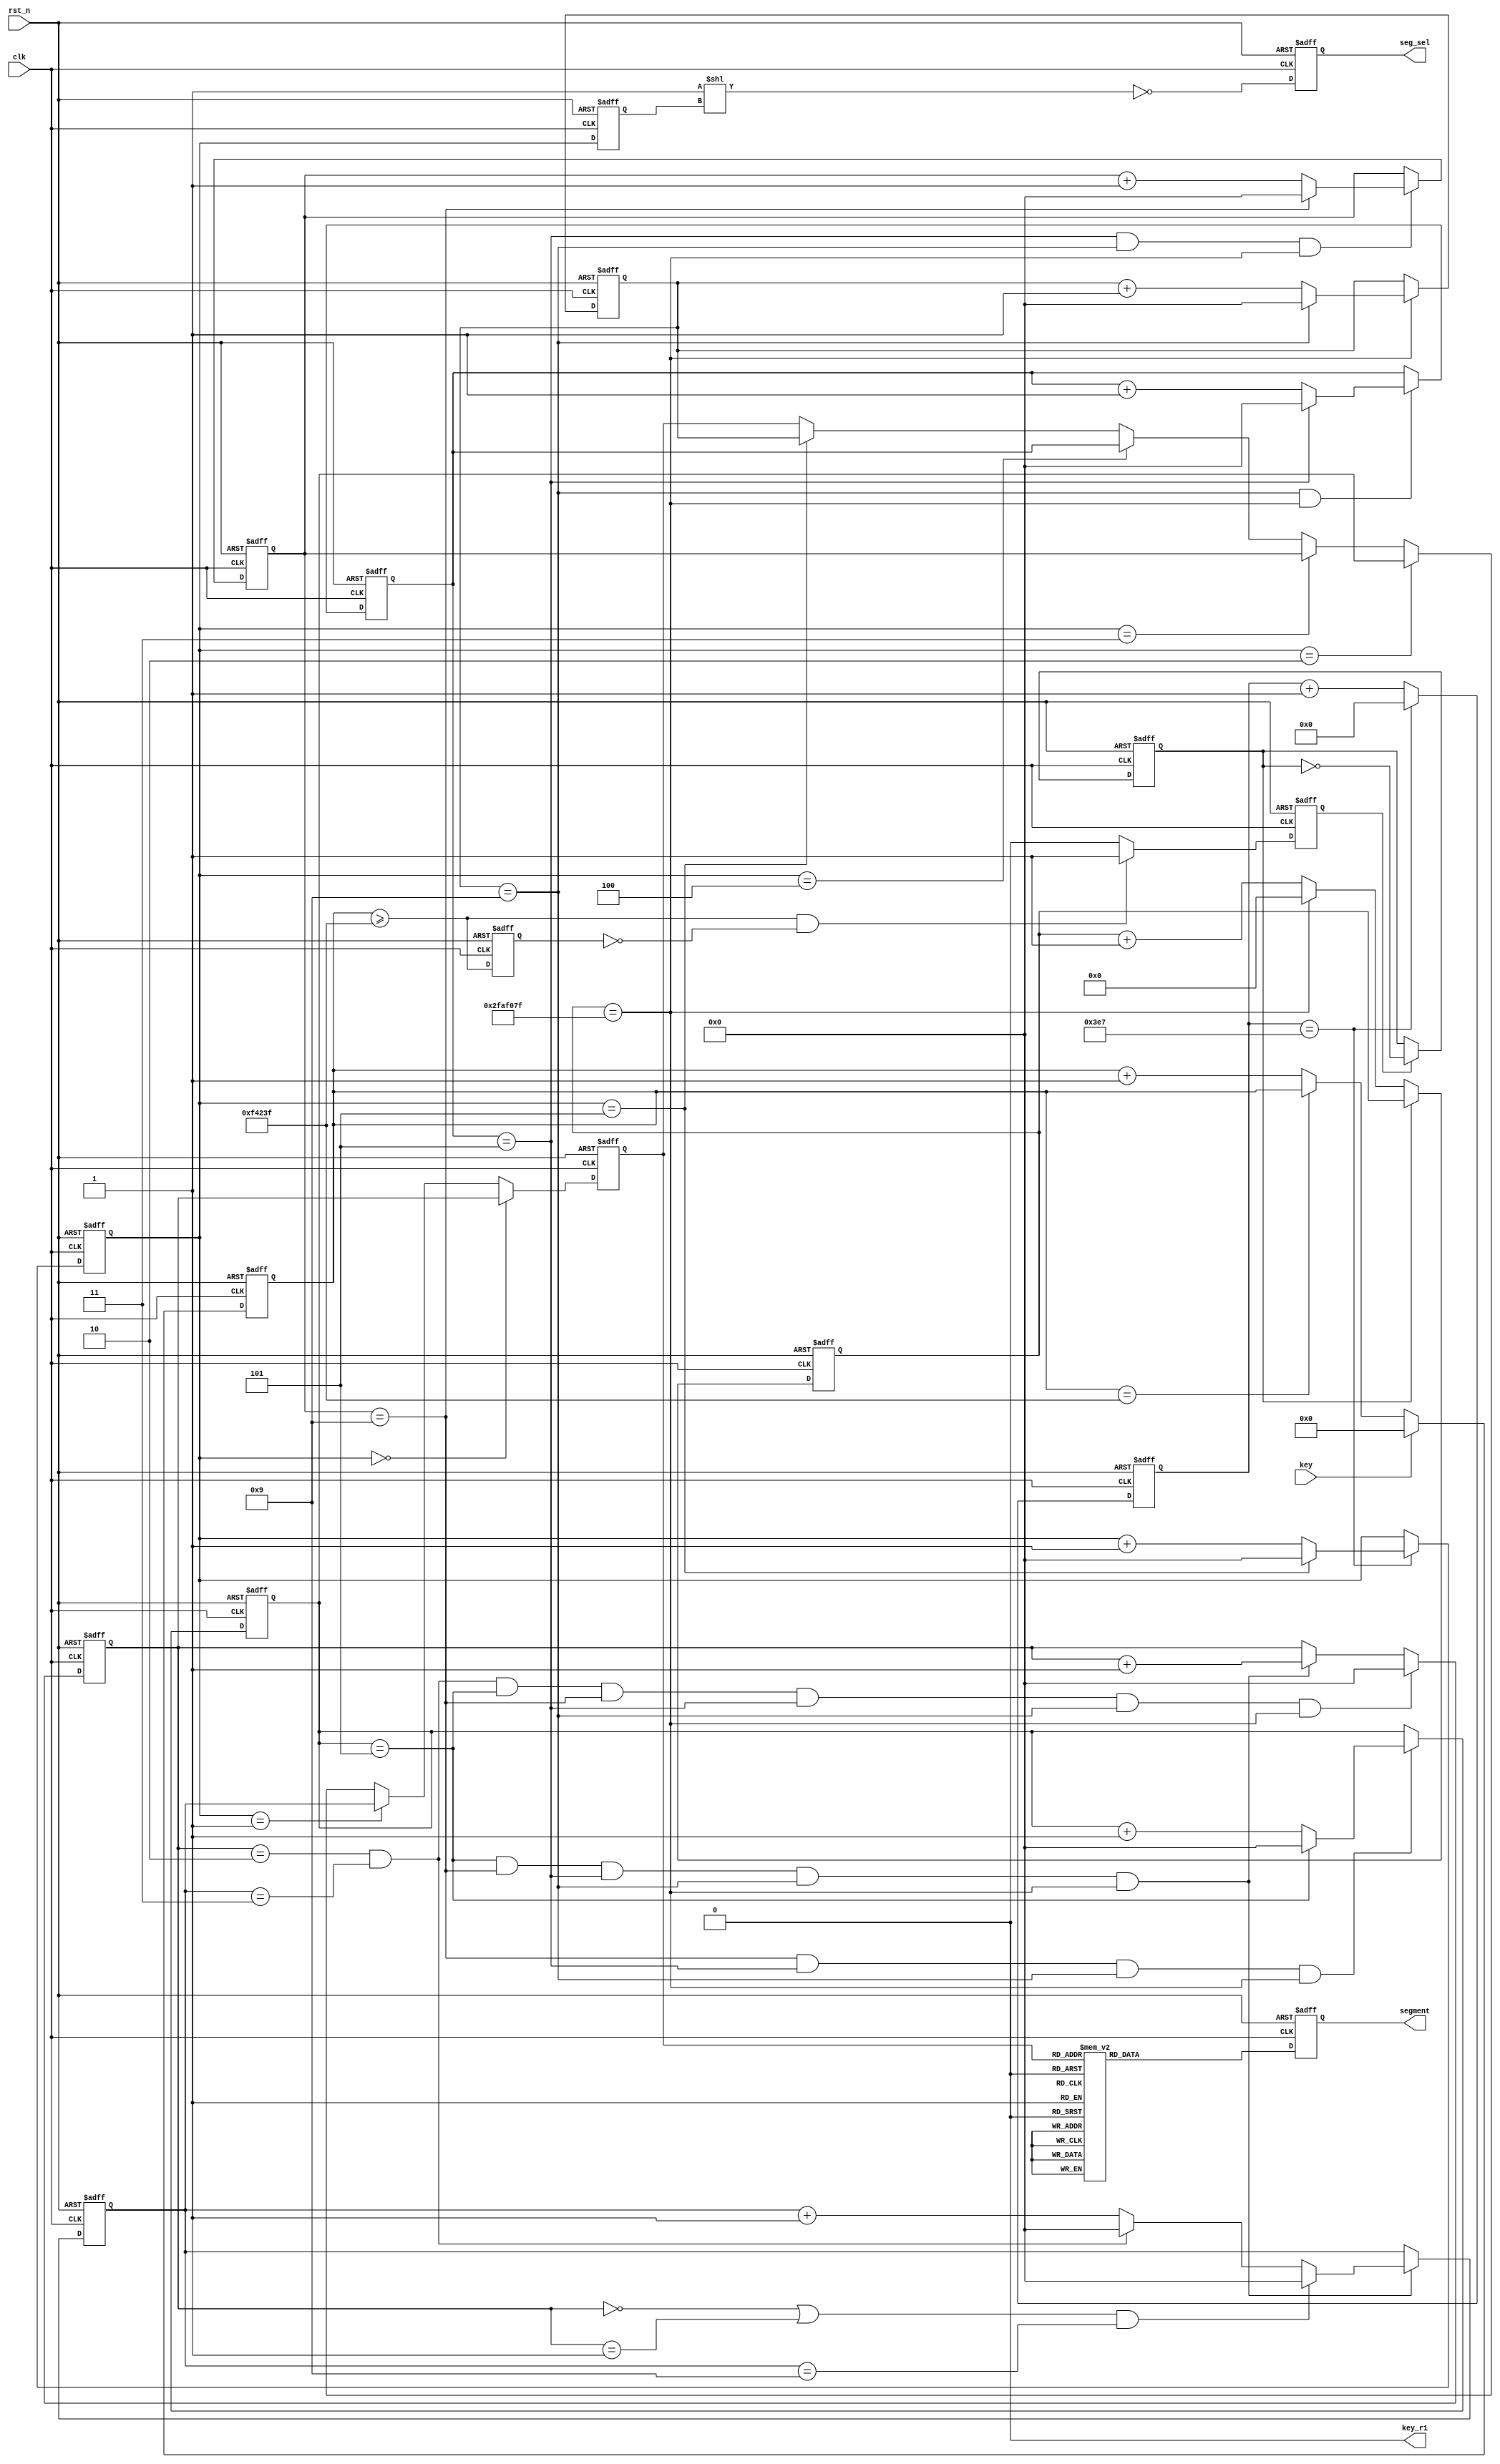
module ctrltimer(
    clk    ,
    rst_n  ,
    key    ,
    key_r1 ,
    segment,
    seg_sel    
    );

    parameter      TIME_1S   =  50000000 ;
    parameter      TIME_20US =  1000     ;
    parameter      TIME_20MS =  1000000  ;
    
    //segment 0---9
    parameter      DATA0   = 8'B01000000;
    parameter      DATA1   = 8'B01111001;
    parameter      DATA2   = 8'B00100100;
    parameter      DATA3   = 8'B00110000;
    parameter      DATA4   = 8'B00011001;
    parameter      DATA5   = 8'B00010010;
    parameter      DATA6   = 8'B00000010;
    parameter      DATA7   = 8'B01111000;
    parameter      DATA8   = 8'B00000000;
    parameter      DATA9   = 8'B00010000;

    input               clk    ;
    input               rst_n  ;
    input               key    ;
    output              key_r1 ;
    output[7:0]         segment ;
    output[7:0]         seg_sel ;


    wire                key_r1  ;    
    reg   [7:0]         segment ;
    reg   [7:0]         seg_sel ;
	 
	 
	 reg   [3:0]		   cnt_miao_ge ;
	 reg   [3:0]			cnt_miao_shi;
	 reg   [3:0]			cnt_fen_ge  ;
	 reg   [3:0]			cnt_fen_shi ;
	 reg   [3:0]			cnt_shi_ge  ;
	 reg   [3:0]			cnt_shi_shi ;
	 
	 reg   [9:0]			count_20us  ;
	 reg   [19:0]			count_20ms	;
	 reg   [25:0]			count_1s 	;
	 
	 reg   [3:0]			sel			;
	 reg   [3:0]			sel_ff0		;
	 reg   [3:0]			sel_result	;
	 
	 reg 						pause			 ;
	 wire						flag_20ms	 ;
	 reg						flag_20ms_ff0;
	 reg						key_en		 ;
	 

    /*********************************timer**********************/
    //miao/////////////////////
    always@(posedge clk or negedge rst_n)begin
        if(rst_n==1'b0)begin
            cnt_miao_ge <= 0;
        end
        else if(count_1s == TIME_1S - 1) begin
            if(cnt_miao_ge == 9)
                cnt_miao_ge <= 0;
            else
                cnt_miao_ge <= cnt_miao_ge + 1;
        end
    end
    always@(posedge clk or negedge rst_n)begin
        if(rst_n==1'b0)begin
            cnt_miao_shi <= 0;
        end
        else if(cnt_miao_ge == 9 && count_1s == TIME_1S - 1) begin
            if(cnt_miao_shi == 5)
                cnt_miao_shi <= 0;
            else
                cnt_miao_shi <= cnt_miao_shi + 1;
        end
    end
    //fen/////////////////////
    always@(posedge clk or negedge rst_n)begin
        if(rst_n==1'b0)begin
            cnt_fen_ge <= 0;
        end
        else if(cnt_miao_shi == 5 && cnt_miao_ge == 9 && count_1s == TIME_1S - 1) begin
            if(cnt_fen_ge == 9)
                cnt_fen_ge <= 0;
            else
                cnt_fen_ge <= cnt_fen_ge + 1;
        end
    end
    always@(posedge clk or negedge rst_n)begin
        if(rst_n==1'b0)begin
            cnt_fen_shi <= 0;
        end
        else if(cnt_fen_ge == 9 && cnt_miao_shi == 5 && cnt_miao_ge == 9 && count_1s == TIME_1S - 1) begin
            if(cnt_fen_shi == 5)
                cnt_fen_shi <= 0;
            else
                cnt_fen_shi <= cnt_fen_shi + 1;
        end
    end
    //shi///////////////////////
    always@(posedge clk or negedge rst_n)begin
        if(rst_n==1'b0)begin
            cnt_shi_ge <= 0;
        end
        else if(cnt_fen_shi == 5 &&cnt_fen_ge == 9 && cnt_miao_shi == 5 && cnt_miao_ge == 9 && count_1s == TIME_1S - 1) begin
            if((cnt_shi_shi == 0||cnt_shi_shi == 1) && cnt_shi_ge == 9)
                cnt_shi_ge <= 0;
            else
                if(cnt_shi_shi == 2 && cnt_shi_ge == 3)
                    cnt_shi_ge <= 0;
                else
                    cnt_shi_ge <= cnt_shi_ge + 1;
        end
    end
    always@(posedge clk or negedge rst_n)begin
        if(rst_n==1'b0)begin
            cnt_shi_shi <= 0;
        end
        else if(cnt_shi_shi == 2 && cnt_shi_ge == 3 && cnt_fen_shi == 5 &&cnt_fen_ge == 9 && cnt_miao_shi == 5 && cnt_miao_ge == 9 && count_1s == TIME_1S - 1) begin
            cnt_shi_shi <= 0;
        end
        else if( cnt_fen_shi == 5 &&cnt_fen_ge == 9 && cnt_miao_shi == 5 && cnt_miao_ge == 9 && count_1s == TIME_1S - 1) begin
            cnt_shi_shi <= cnt_shi_shi + 1;
        end
    end

    /************************refresh************************************/
	 //frequence 20us
    always  @(posedge clk or negedge rst_n)begin
        if(rst_n==1'b0)begin
            count_20us <= 0;
        end
        else begin
            if(count_20us == TIME_20US-1)
                count_20us <= 0;
            else
                count_20us <= count_20us + 1;
        end
    end
	 //refresh cnt
    always @(posedge clk or negedge rst_n)begin
        if(!rst_n)begin
            sel <= 0;
        end
        else if(count_20us == TIME_20US-1)begin
            if(sel == 5)
                sel <= 0;
            else
                sel <= sel + 1;
        end
    end
	 //jilu shuzhi
    always  @(posedge clk or negedge rst_n)begin
        if(rst_n==1'b0)begin
            sel_result <= 0;
        end
        else if(sel == 0) begin
            sel_result <= cnt_shi_shi;
        end
        else if(sel == 1) begin
            sel_result <= cnt_shi_ge;
        end
        else if(sel == 2) begin
            sel_result <= cnt_fen_shi;
        end
        else if(sel == 3) begin
            sel_result <= cnt_fen_ge;
        end
        else if(sel == 4) begin
            sel_result <= cnt_miao_shi;
        end
        else if(sel == 5) begin
            sel_result <= cnt_miao_ge;
        end        
    end
	 //choose segment    shixuduiqi
    always  @(posedge clk or negedge rst_n)begin
        if(rst_n==1'b0)begin
            sel_ff0 <= 0;
        end
        else begin
            sel_ff0 <= sel;
        end
    end
    always  @(posedge clk or negedge rst_n)begin
        if(rst_n==1'b0)begin
            seg_sel <= 8'hfe;
        end
        else begin
            seg_sel <= ~(8'b1 << sel_ff0);
        end
    end
	 //decode
    always  @(posedge clk or negedge rst_n)begin
        if(rst_n==1'b0)begin
            segment <= DATA0;
        end
        else begin
            case(sel_result)
                0: segment <= DATA0;
                1: segment <= DATA1;
                2: segment <= DATA2;
                3: segment <= DATA3;
                4: segment <= DATA4;
                5: segment <= DATA5;
                6: segment <= DATA6;
                7: segment <= DATA7;
                8: segment <= DATA8;
                9: segment <= DATA9;
                default:segment <= 8'hff;
				endcase
        end
    end

    /**************control***********************/
	 //control cnt//////////////
    always  @(posedge clk or negedge rst_n)begin
        if(rst_n==1'b0)begin
            count_1s <= 0;
        end
        else if(pause==0) begin
            if(count_1s == TIME_1S - 1)
                count_1s <= 0;
            else
                count_1s <= count_1s + 1;
        end
    end    
    always  @(posedge clk or negedge rst_n)begin
        if(rst_n==1'b0)begin
            pause <= 0;
        end
        else if(key_en) begin
            pause <= ~pause; 
        end
    end
    //clear tick/////////////////
    always  @(posedge clk or negedge rst_n)begin
        if(rst_n==1'b0)begin
            count_20ms <= 0;
        end
        else if(key == 1) begin
            count_20ms <= 0;
        end
        else begin
            if(count_20ms == TIME_20MS - 1)
                count_20ms <= count_20ms;
            else
                count_20ms <= count_20ms + 1;
        end
    end        
    assign flag_20ms = (count_20ms >= TIME_20MS - 1);
    always  @(posedge clk or negedge rst_n)begin
        if(rst_n==1'b0)begin
            flag_20ms_ff0 <= 1'b0;
        end
        else begin
            flag_20ms_ff0 <= flag_20ms;
        end
    end
    always  @(posedge clk or negedge rst_n)begin
        if(rst_n==1'b0)begin
            key_en <= 1'b0;
        end
        else if(flag_20ms == 1'b1 && flag_20ms_ff0 == 1'b0) begin
            key_en <= 1'b1;
        end
        else begin
            key_en <= 1'b0;
        end
    end
	//juzhen anjian  S1
    assign key_r1 = 0;

    endmodule